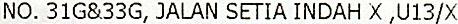
NO. 31G&33G, JALAN SETIA INDAH X ,U13/X